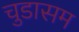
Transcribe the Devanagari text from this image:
चुडासम